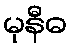
မုနီဓ